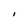
Character: I